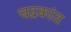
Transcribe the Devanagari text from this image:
चद्रकांत